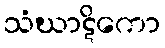
သံဃာဋိကော